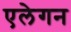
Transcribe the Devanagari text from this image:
एलेगन